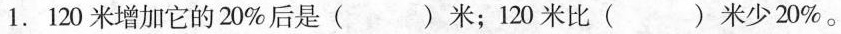
1.120米增加它的20\%后是()米；120米比()米少20\%。